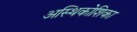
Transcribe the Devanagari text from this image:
अस्थिकोशिका